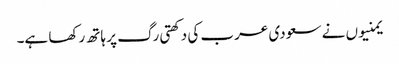
یمنیوں نے سعودی عرب کی دکھتی رگ پر ہاتھ رکھا ہے۔